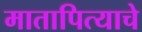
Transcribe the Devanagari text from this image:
मातापित्याचे